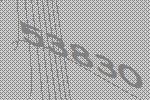
53830